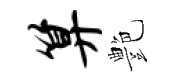
算艶